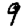
Digit: 9